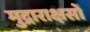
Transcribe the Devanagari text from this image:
मुद्राराक्षसों